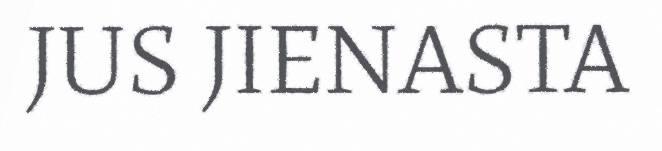
JUS JIENASTA